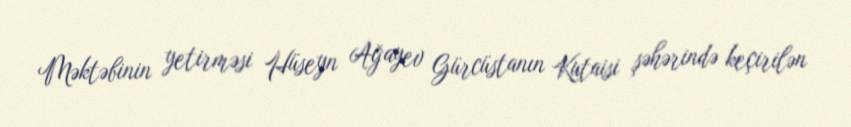
Məktəbinin yetirməsi Hüseyn Ağayev Gürcüstanın Kutaisi şəhərində keçirilən